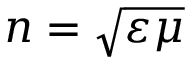
n = \sqrt { \varepsilon \mu }